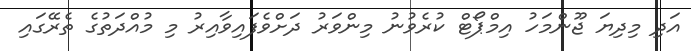
އަދި މިދިޔަ ޖޫންމަހު އިމްޕޯޓް ކުރެވުނު މިންވަރު ދަށްވެފައިވާއިރު މި މުއްދަތުގެ ތެރޭގައި